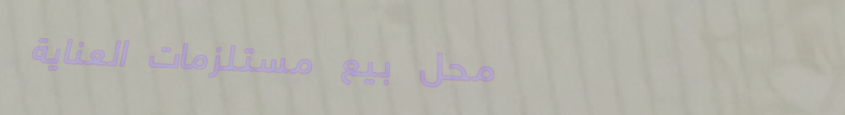
محل بيع مستلزمات العناية